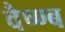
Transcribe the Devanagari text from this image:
वैष्ण्ब